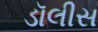
ડૉલીસ